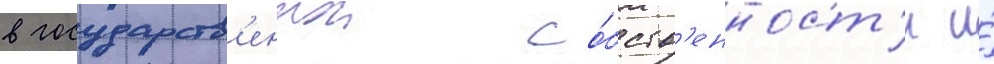
в государств'еннои со́бств'енност'и и́